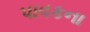
પાવકના